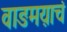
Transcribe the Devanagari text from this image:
वाङमय़ाचं